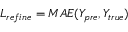
L _ { r e f i n e } = M A E ( Y _ { p r e } , Y _ { t r u e } )